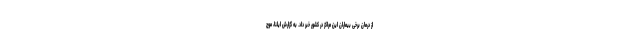
از درمان برخی بیماران این مراکز در کشور خبر داد. به گزارش ایلنا، موج